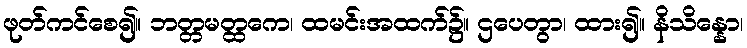
ဖုတ်ကင်စေ၍။ ဘတ္တမတ္ထကေ၊ ထမင်းအထက်၌။ ဌပေတွာ၊ ထား၍။ နိသိန္နော၊